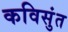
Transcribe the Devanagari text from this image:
कविसुंत